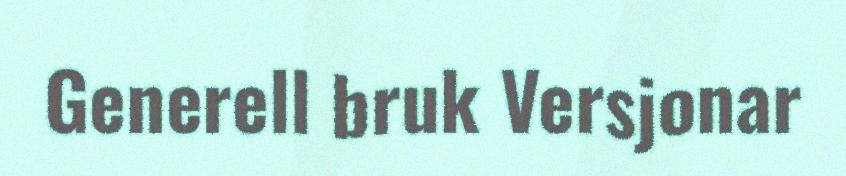
Generell bruk Versjonar